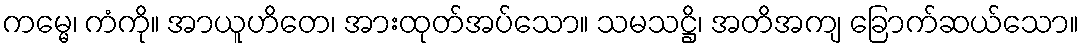
ကမ္မေ၊ ကံကို။ အာယူဟိတေ၊ အားထုတ်အပ်သော။ သမသဋ္ဌိ၊ အတိအကျ ခြောက်ဆယ်သော။